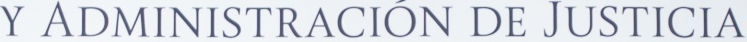
Y ADMINISTRACION DE JUSTICIA